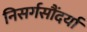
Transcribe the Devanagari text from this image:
निसर्गसौंदर्या